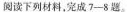
阅读下列材料，完成7-8题。